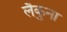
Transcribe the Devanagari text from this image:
लैकुना